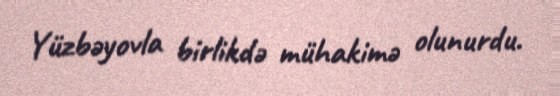
Yüzbəyovla birlikdə mühakimə olunurdu.